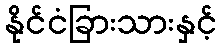
နိုင်ငံခြားသားနှင့်